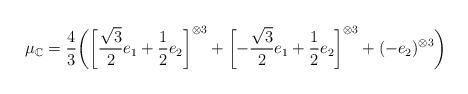
LaTeX: \begin{align*}\mu_\mathbb{C} = \frac{4}{3}\biggl(\biggl[\frac{\sqrt{3}}{2}e_1+\frac{1}{2}e_2\biggr]^{\otimes 3}+ \biggl[-\frac{\sqrt{3}}{2}e_1+\frac{1}{2}e_2\biggr]^{\otimes 3} + (-e_2)^{\otimes 3} \biggr)\end{align*}